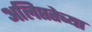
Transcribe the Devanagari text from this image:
अलिप्ततेच्या